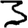
Digit: 3